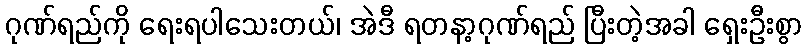
ဂုဏ်ရည်ကို ရေးရပါသေးတယ်၊ အဲဒီ ရတနာ့ဂုဏ်ရည် ပြီးတဲ့အခါ ရှေးဦးစွာ